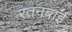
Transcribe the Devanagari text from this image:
रतनबाई